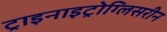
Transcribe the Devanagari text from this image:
ट्राइनाइट्रोग्लिसरीन